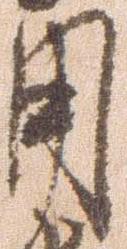
用